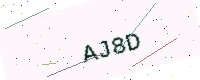
Text: AJ8D